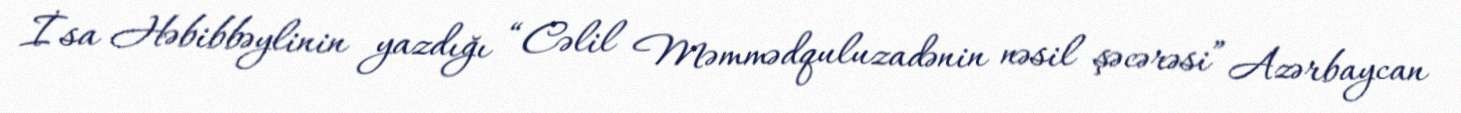
İsa Həbibbəylinin yazdığı “Cəlil Məmmədquluzadənin nəsil şəcərəsi” Azərbaycan